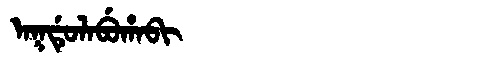
Manchu: ᠠᡴᡩᡠᠯᠠᠪᡠᡥᠠᠪᡳ
Romanization: AKDULABUHABI